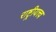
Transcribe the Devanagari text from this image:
राष्ट्रीयत्त्व